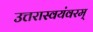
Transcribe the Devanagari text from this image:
उत्तरास्वयंवरम्